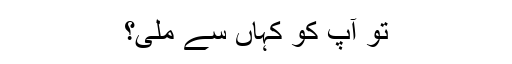
تو آپ کو کہاں سے ملی؟